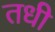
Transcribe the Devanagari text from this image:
तधी